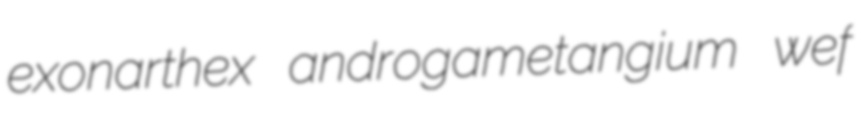
exonarthex androgametangium wef